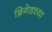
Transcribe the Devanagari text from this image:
ब्रिगेडच्या